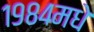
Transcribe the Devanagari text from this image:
१९८४मधे